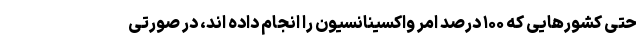
حتی کشورهایی که ۱۰۰ درصد امر واکسینانسیون را انجام داده اند، در صورتی